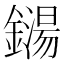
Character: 鐋